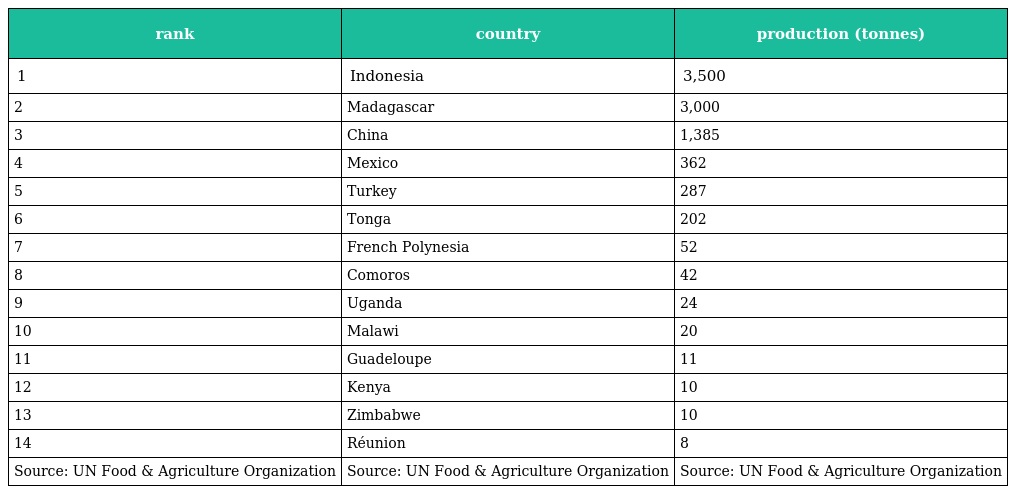
| rank | country | production (tonnes) |
 | --- | --- | --- |
 | 1 | Indonesia | 3,500 |
 | 2 | Madagascar | 3,000 |
 | 3 | China | 1,385 |
 | 4 | Mexico | 362 |
 | 5 | Turkey | 287 |
 | 6 | Tonga | 202 |
 | 7 | French Polynesia | 52 |
 | 8 | Comoros | 42 |
 | 9 | Uganda | 24 |
 | 10 | Malawi | 20 |
 | 11 | Guadeloupe | 11 |
 | 12 | Kenya | 10 |
 | 13 | Zimbabwe | 10 |
 | 14 | Réunion | 8 |
 | Source: UN Food & Agriculture Organization | Source: UN Food & Agriculture Organization | Source: UN Food & Agriculture Organization |